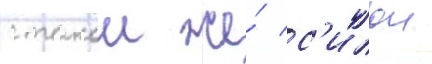
с такои же́ с'илои